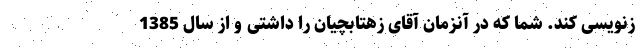
زنویسی کند. شما که در آنزمان آقای زهتابچیان را داشتی و از سال 1385